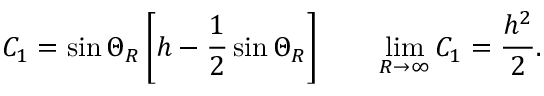
C _ { 1 } = \sin \Theta _ { R } \left[ h - \frac { 1 } { 2 } \sin \Theta _ { R } \right] \qquad \operatorname* { l i m } _ { R \rightarrow \infty } C _ { 1 } = \frac { h ^ { 2 } } { 2 } .